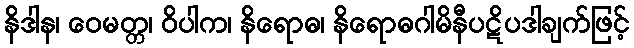
နိဒါန၊ ဝေမတ္တ၊ ဝိပါက၊ နိရောဓ၊ နိရောဓဂါမိနီပဋိပဒါချက်ဖြင့်